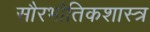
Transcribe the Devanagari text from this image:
सौरभौतिकशास्त्र